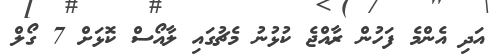
އަދި އެންމެ ފަހުން ރާއްޖެ ކުޅުނު މެޗުގައި ލާއޯސް ކޮޅަށް 7 ގޯލް